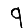
Digit: 9